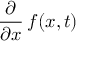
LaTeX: { \frac { \partial } { \partial x } } \, f ( x , t )